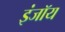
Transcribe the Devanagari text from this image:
इंजॉय